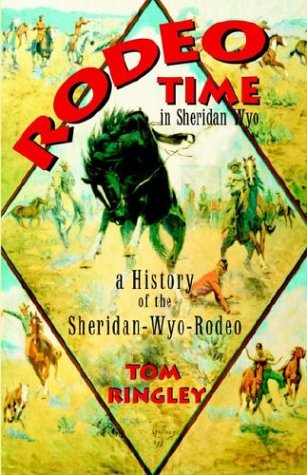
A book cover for Rodeo Time in Sheridan Wyo; Tom Ringley; Sports & Outdoors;